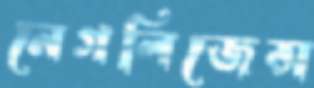
নেগলিজেন্স